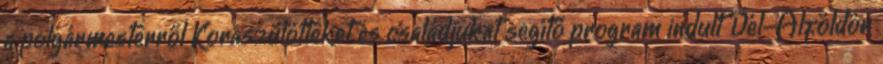
a polgármesterről Koraszülötteket és családjukat segítő program indult Dél-Alföldön